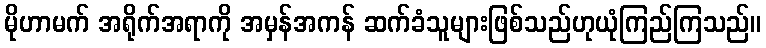
မိုဟာမက် အရိုက်အရာကို အမှန်အကန် ဆက်ခံသူများဖြစ်သည်ဟုယုံကြည်ကြသည်။